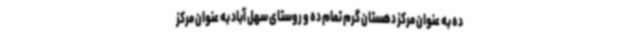
ده به عنوان مرکز دهستان گرم تمام ده و روستای سهل آباد به عنوان مرکز